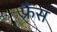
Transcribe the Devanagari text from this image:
फ़्रैंस